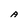
Character: A